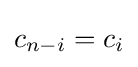
c_{n-i}=c_{i}